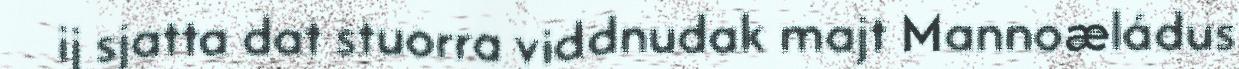
ij sjatta dat stuorra viddnudak majt Mannoæládus